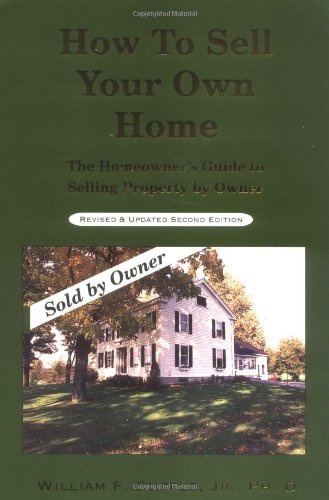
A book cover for How To Sell Your Own Home: The Homeowners Guide to Selling Property by Owner rd Revision /; William F. Supple Jr.; Business & Money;